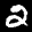
Label: 2